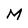
Character: M